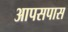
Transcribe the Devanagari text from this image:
आपसपास